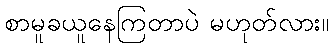
စာမူခယူနေကြတာပဲ မဟုတ်လား။